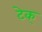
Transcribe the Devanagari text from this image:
टेक्